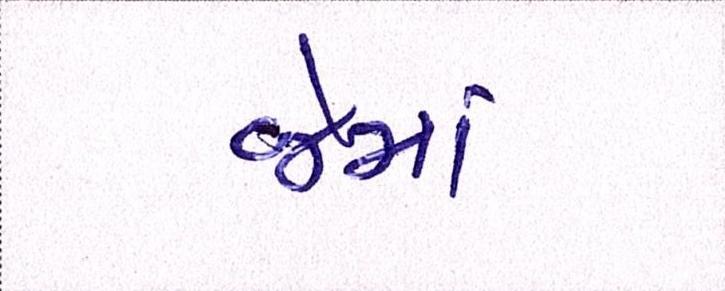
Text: જેમાં